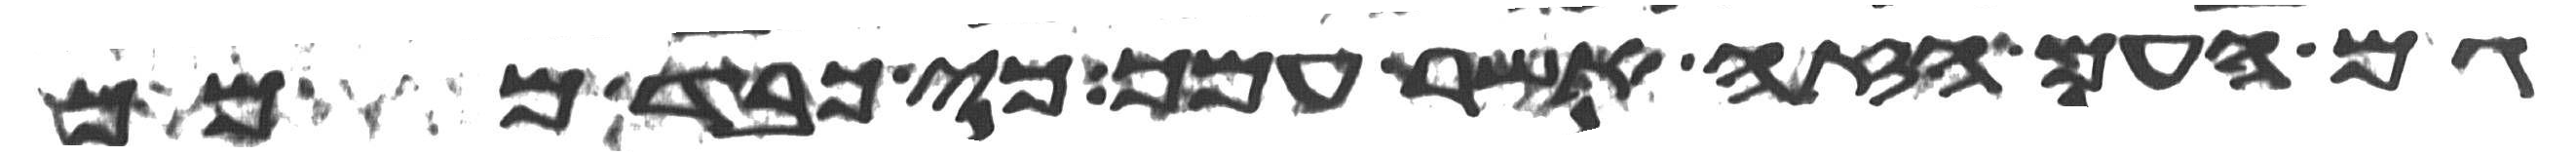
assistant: גם העם הזה אשר עמך כי כבד ממך